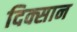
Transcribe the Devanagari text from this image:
दिक्सान